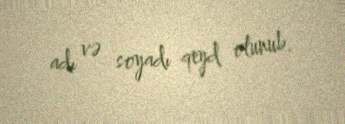
adı və soyadı qeyd olunub.